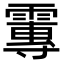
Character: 𩅂